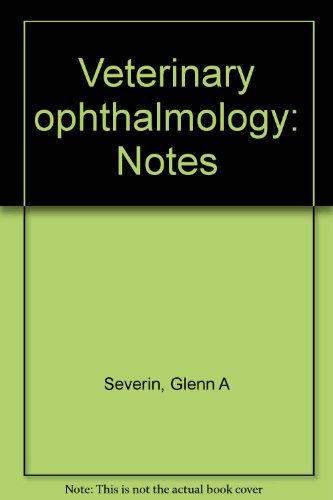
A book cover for Veterinary Ophthalmology Notes, Second Edition; Glenn A Severin; Medical Books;